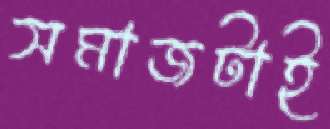
সমাজটাই